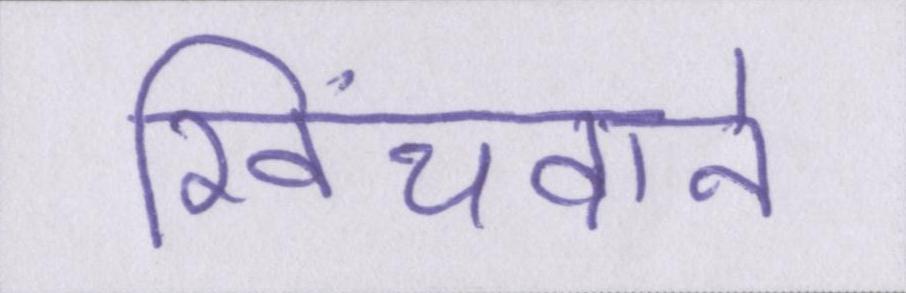
खिंचवाने